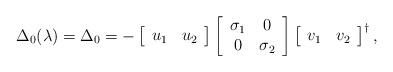
LaTeX: \begin{align*}\Delta _0 (\lambda ) = \Delta _0 = - \left[{\begin{array}{*{20}c} {u_1 } & {u_2 } \\\end{array}} \right]\left[ {\begin{array}{*{20}c} {\sigma_1 } & 0 \\ 0 & {\sigma_2} \\\end{array}} \right]\left[ {\begin{array}{*{20}c} {v_1 } & {v_2 } \\\end{array}} \right]^\dag,\end{align*}